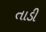
તાડી